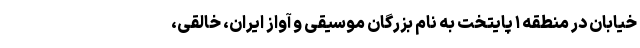
خیابان در منطقه ۱ پایتخت به نام بزرگان موسیقی و آواز ایران، خالقی،